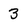
Character: 3